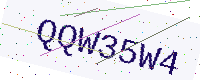
Text: QQW35W4